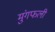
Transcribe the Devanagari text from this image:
मुंगफली